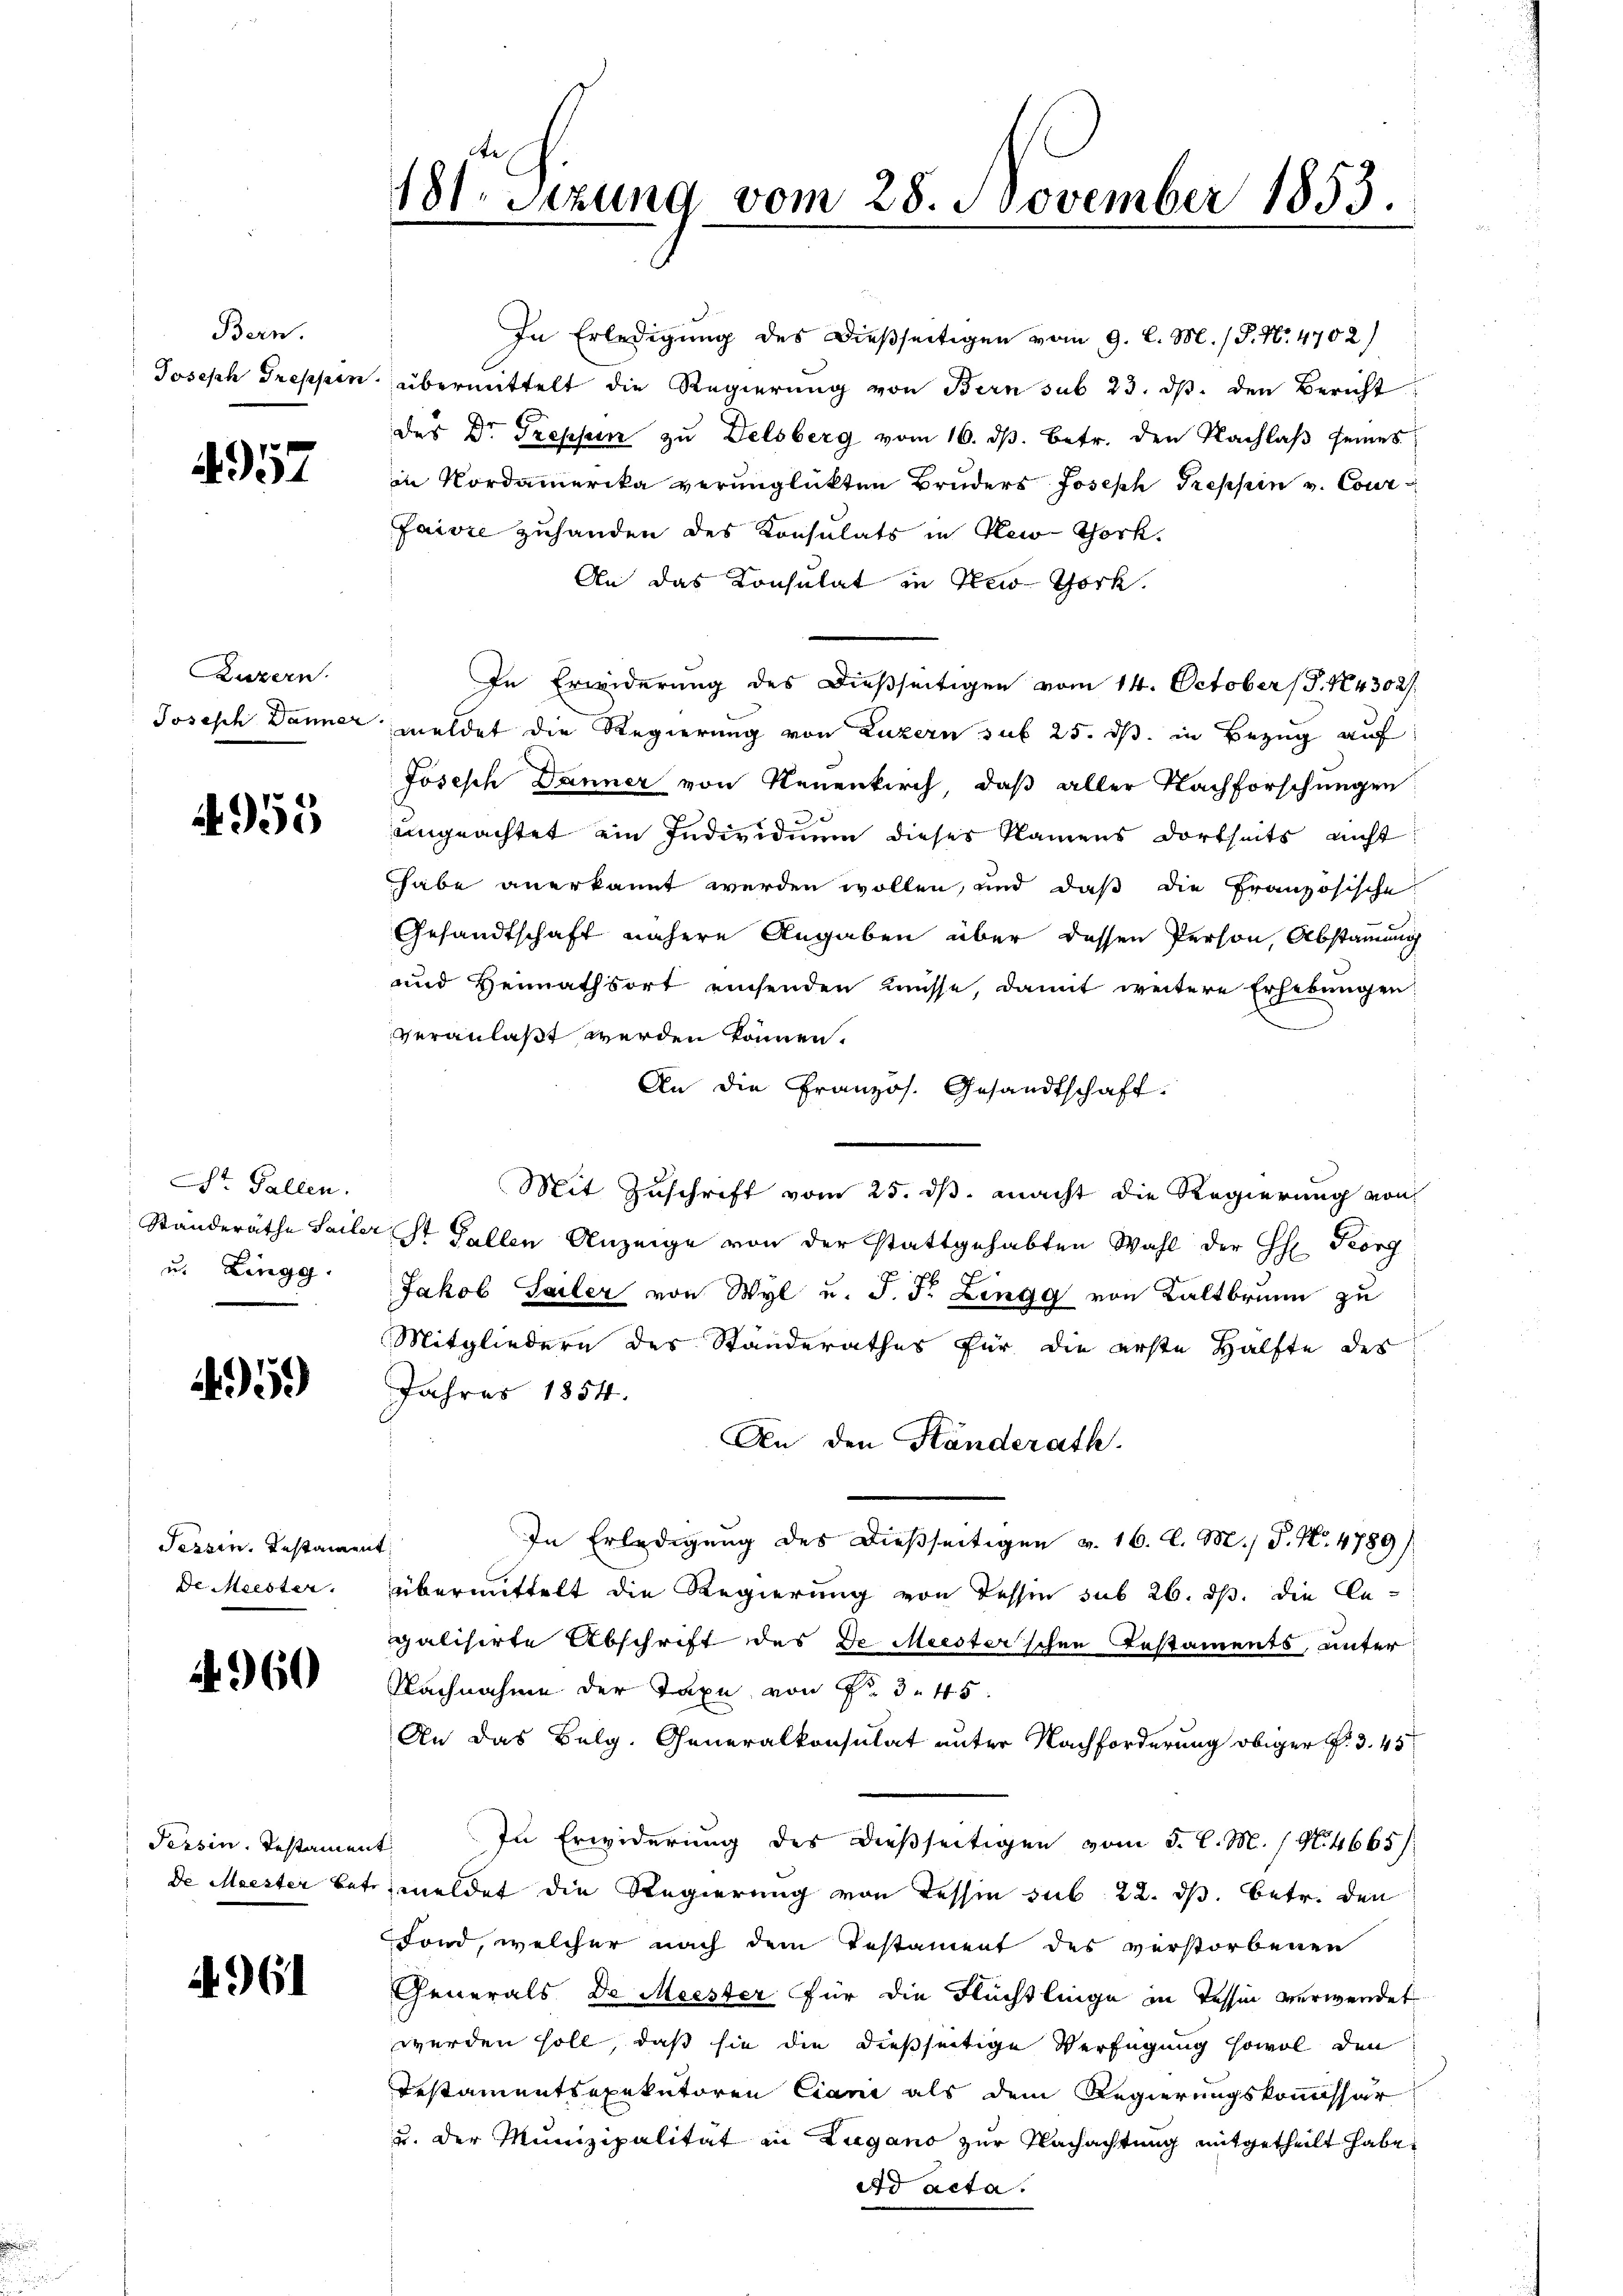
Bern.
Joseph Treppen.

4957

Luzern.
Joseph Danner

4953

St. Gallen.
u. Lingg

959

Tessin. Testament
de Meister.

2960

Tessin. Testamen
de Meister bet

961

181. Sitzung vom 28. November 1853.

In Erledigung des dießseitigen vom 9. l. M. / P. Nr. 4702)
übermittelt die Regierung von Bern sub 23. dβ. den Bericht
des Dr. Treppen zu Delsberg vom 16. ds. betr. den Nachlaβ seines
in Nordamerika verunglückten Bruders Joseph Treppin v. Courfaivie zuhanden des Konsulats in New-York.
An das Consulat in New-York.
In Erwiderung des dießseitigen vom 14. October (T. N 4302/
meldet die Regierung von Luzern sub 25. ds. in Bezug auf:
Joseph Dänner von Neuenkirch, daß aller Nachforschungen
ungeachtet ein Individuum dieses Namens dortseits nicht
habe anerkannt werden wollen, und daß die Französische
Gesandtschaft nähere Angaben über dessen Person, Abstammung
und Heimathsort einsenden müsse, damit weitere Erhebungen:
veranlaßt werden können.
An die Französ. Gesandtschaft.
Mit Zuschrift vom 25. ds. macht die Regierung von
Standeräthe Sailer St. Gallen Anzeige von der stattgehabten Wahl der H. Georg
Jakob Sailer von Wyl u. J. F. Lingg von Kaltbrunn zu
Mitgliedern des Standerathes für die erste Hälfte des
Jahres 1854.
An den Ständerath.
In Erledigung des dießseitigen v. 16. d. M. P. Nr. 4789/
übermittelt die Regierung von dessen sub 26. ds. die Gegalisirte Abschrift des de Meister’schen Testaments, unter
Nachnahme der Taxe von Fr. 3. 45
An das Belg. Generalkonsulat unter Nachforderung obiger P. 3. 45
In Erwiderung des dießseitigen vom 5. l. M. / No. 4665/
meldet die Regierung von Tessin sub 22. ds. betr. den
Fond, welcher nach dem Testament des verstorbenen
Generals De Meister für die Flüchtlinge in Tessin verwendet
werden soll, daß sie die dießseitige Verfügung sowol den
Testamentsexekutoren Ciani als dem Regierungskommissar
u. der Munizipalität in Lugano zur Nachachtung mitgetheilt habe.
Ad acta.